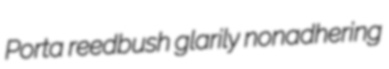
Porta reedbush glarily nonadhering